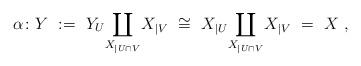
LaTeX: \begin{align*}\alpha\colon Y~:=~ Y_U \underset{X_{|U\cap V}} \coprod X_{|V} ~\cong~ X_{|U} \underset{X_{|U\cap V}} \coprod X_{|V}~=~X~,\end{align*}